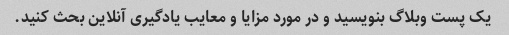
یک پست وبلاگ بنویسید و در مورد مزایا و معایب یادگیری آنلاین بحث کنید.